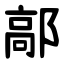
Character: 鄗